system: You are a helpful assistant.
user:
Analyze the provided spectrum to determine if it is a **M-type Giant (gM)**.

A M-type Giant spectrum is defined by its **strong molecular absorption** features, particularly from **Titanium Oxide (TiO)**. You must check for one of the following mutually exclusive signatures:

- **Key Visual Indicators (Absorption-Dominated Spectrum):**

    - **(Primary):** The spectrum is dominated by strong molecular absorption from **Titanium Oxide (TiO)**. This is the **defining feature** of its M-type temperature class.
        - **(Key Bandheads):** Look for sharp, "saw-tooth" absorption valleys. The strongest are located near **~7050 Å**, **~6160 Å**, and **~5170 Å**.
        - **(Line Profile):** The "saw-tooth" morphology is critical: a **sharp, steep drop on the BLUE (short-wavelength) side** of the bandhead, followed by a gradual recovery (rising flux) towards the RED (long-wavelength) side.

    - **(Key Confirmation - Giant vs. Dwarf):** **ABSENCE** of strong **Calcium Hydride (CaH)** molecular bands. This is the primary diagnostic for *excluding* M-dwarfs.
        - **(Key Region):** The spectrum should lack the strong, broad absorption band seen in dwarfs between **~6800 Å and ~7000 Å**.

    - **(Secondary Confirmation - Giant):** A very strong and broad **Neutral Calcium (Ca I)** atomic absorption line.
        - **(Key Line):** Located at **~4226 Å**. In a giant (gM), this line is significantly deeper and broader than the same line in an M-dwarf (dM) due to low surface gravity.

    - **(Overall Spectrum):**
        - The continuum is **extremely red-sloping** (i.e., flux is very low in the blue and rises dramatically towards the red).
        - The entire spectrum appears "chopped up" by the deep TiO bands.

Think first, call **spectral_visualization_tool** if needed to examine features in detail, then provide your final answer. Your response must adhere to the following strict rules:
1.  **Overall Structure:** Your response must follow the format `<think>...</think> <tool_call>...</tool_call> (if a tool is used) <answer>...</answer>`.
2.  **Tool Usage Constraint:** You may only make **one** tool call per turn.
3.  **Final Answer Format:** In the `<answer>` tag, your conclusion must be inside a `\boxed{}` command (e.g., `\boxed{YES}` or `\boxed{NO}`), followed by your justification.

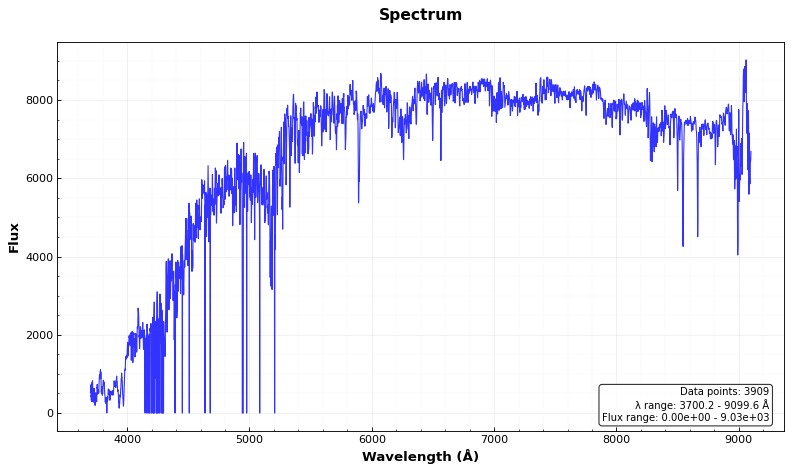
Answer: NO